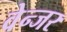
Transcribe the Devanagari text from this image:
वेन्जर